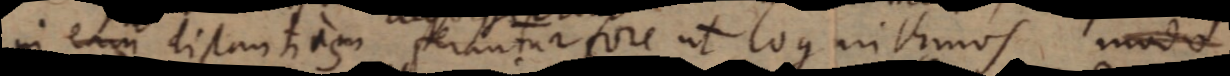
in eam distantiis perantur fore ut logarithmos modo